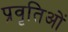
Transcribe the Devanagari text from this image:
प्रवृतिओं